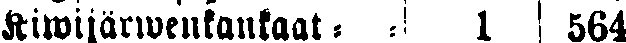
Kiwijärwenkankaat- - 1 564